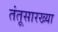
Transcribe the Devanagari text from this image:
तंतूसारख्या